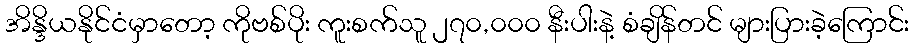
အိန္ဒိယနိုင်ငံမှာတော့ ကိုဗစ်ပိုး ကူးစက်သူ ၂၇၀,၀၀၀ နီးပါးနဲ့ စံချိန်တင် များပြားခဲ့ကြောင်း